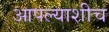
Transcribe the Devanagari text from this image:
आपल्याशीच